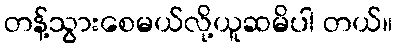
တန့်သွားစေမယ်လို့ယူဆမိပါ တယ်။